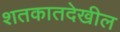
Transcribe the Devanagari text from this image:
शतकातदेखील